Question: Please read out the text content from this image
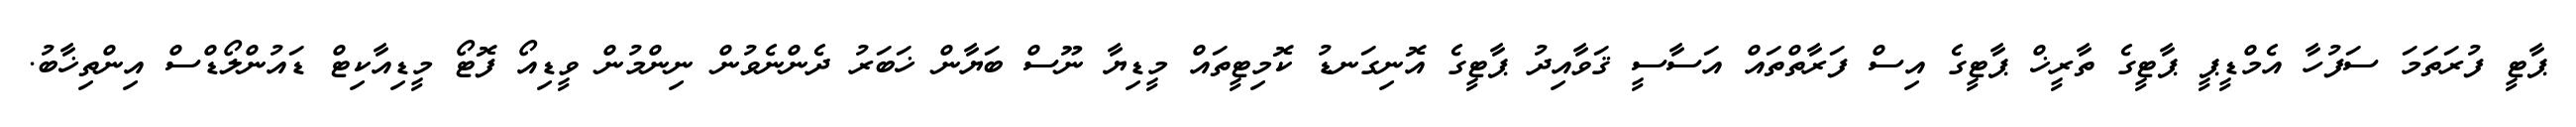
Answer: ޕާޓީ ފުރަތަމަ ސަފުހާ އެމްޑީޕީ ޕާޓީގެ ތާރީޚް ޕާޓީގެ އިސް ފަރާތްތައް އަސާސީ ޤަވާއިދު ޕާޓީގެ އޮނިގަނޑު ކޮމިޓީތައް މީޑިޔާ ނޫސް ބަޔާން ޚަބަރު ދެންނެވުން ނިންމުން ވީޑިއޯ ފޮޓޯ މީޑިއާކިޓް ޑައުންލޯޑްސް އިންތިޚާބު.